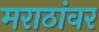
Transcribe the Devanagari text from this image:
मराठांवर